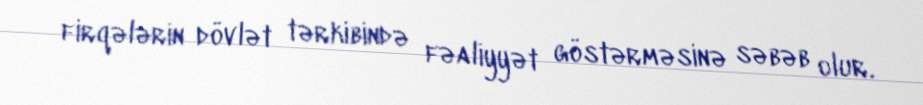
firqələrin dövlət tərkibində fəaliyyət göstərməsinə səbəb olur.